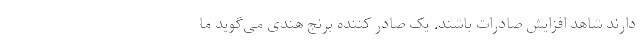
دارند شاهد افزایش صادرات باشند. یک صادر کننده برنج هندی می‌گوید ما